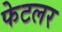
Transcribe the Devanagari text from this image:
फेटलर